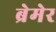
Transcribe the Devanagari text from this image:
ब्रेमेर